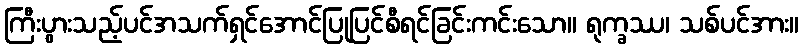
ကြီးပွားသည့်ပင်အသက်ရှင်အောင်ပြုပြင်စီရင်ခြင်းကင်းသော။ ရုက္ခဿ၊ သစ်ပင်အား။